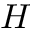
H